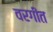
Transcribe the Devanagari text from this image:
वरगीत